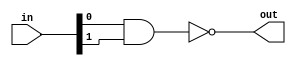

// test_simulation_nand_1_test.v
module f1_test(input [1:0] in, output out);
assign out = ~(in[0] & in[1]);
endmodule

// test_simulation_nand_3_test.v
module f2_test(input [2:0] in, output out);
assign out = !(in[0] & in[1] & in[2]);
endmodule

// test_simulation_nand_4_test.v
module f3_test(input [2:0] in, output out);
assign out = ~(in[0] && in[1] && in[2]);
endmodule

// test_simulation_nand_5_test.v
module f4_test(input [3:0] in, output out);
assign out = !(in[0] & in[1] & in[2] & in[3]);
endmodule

// test_simulation_nand_6_test.v
module f5_test(input [3:0] in, output out);
assign out = !(in[0] && in[1] && in[2] && in[3]);
endmodule